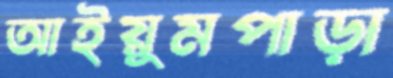
আইয়ুমপাড়া